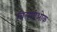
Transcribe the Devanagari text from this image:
चिलसीओक